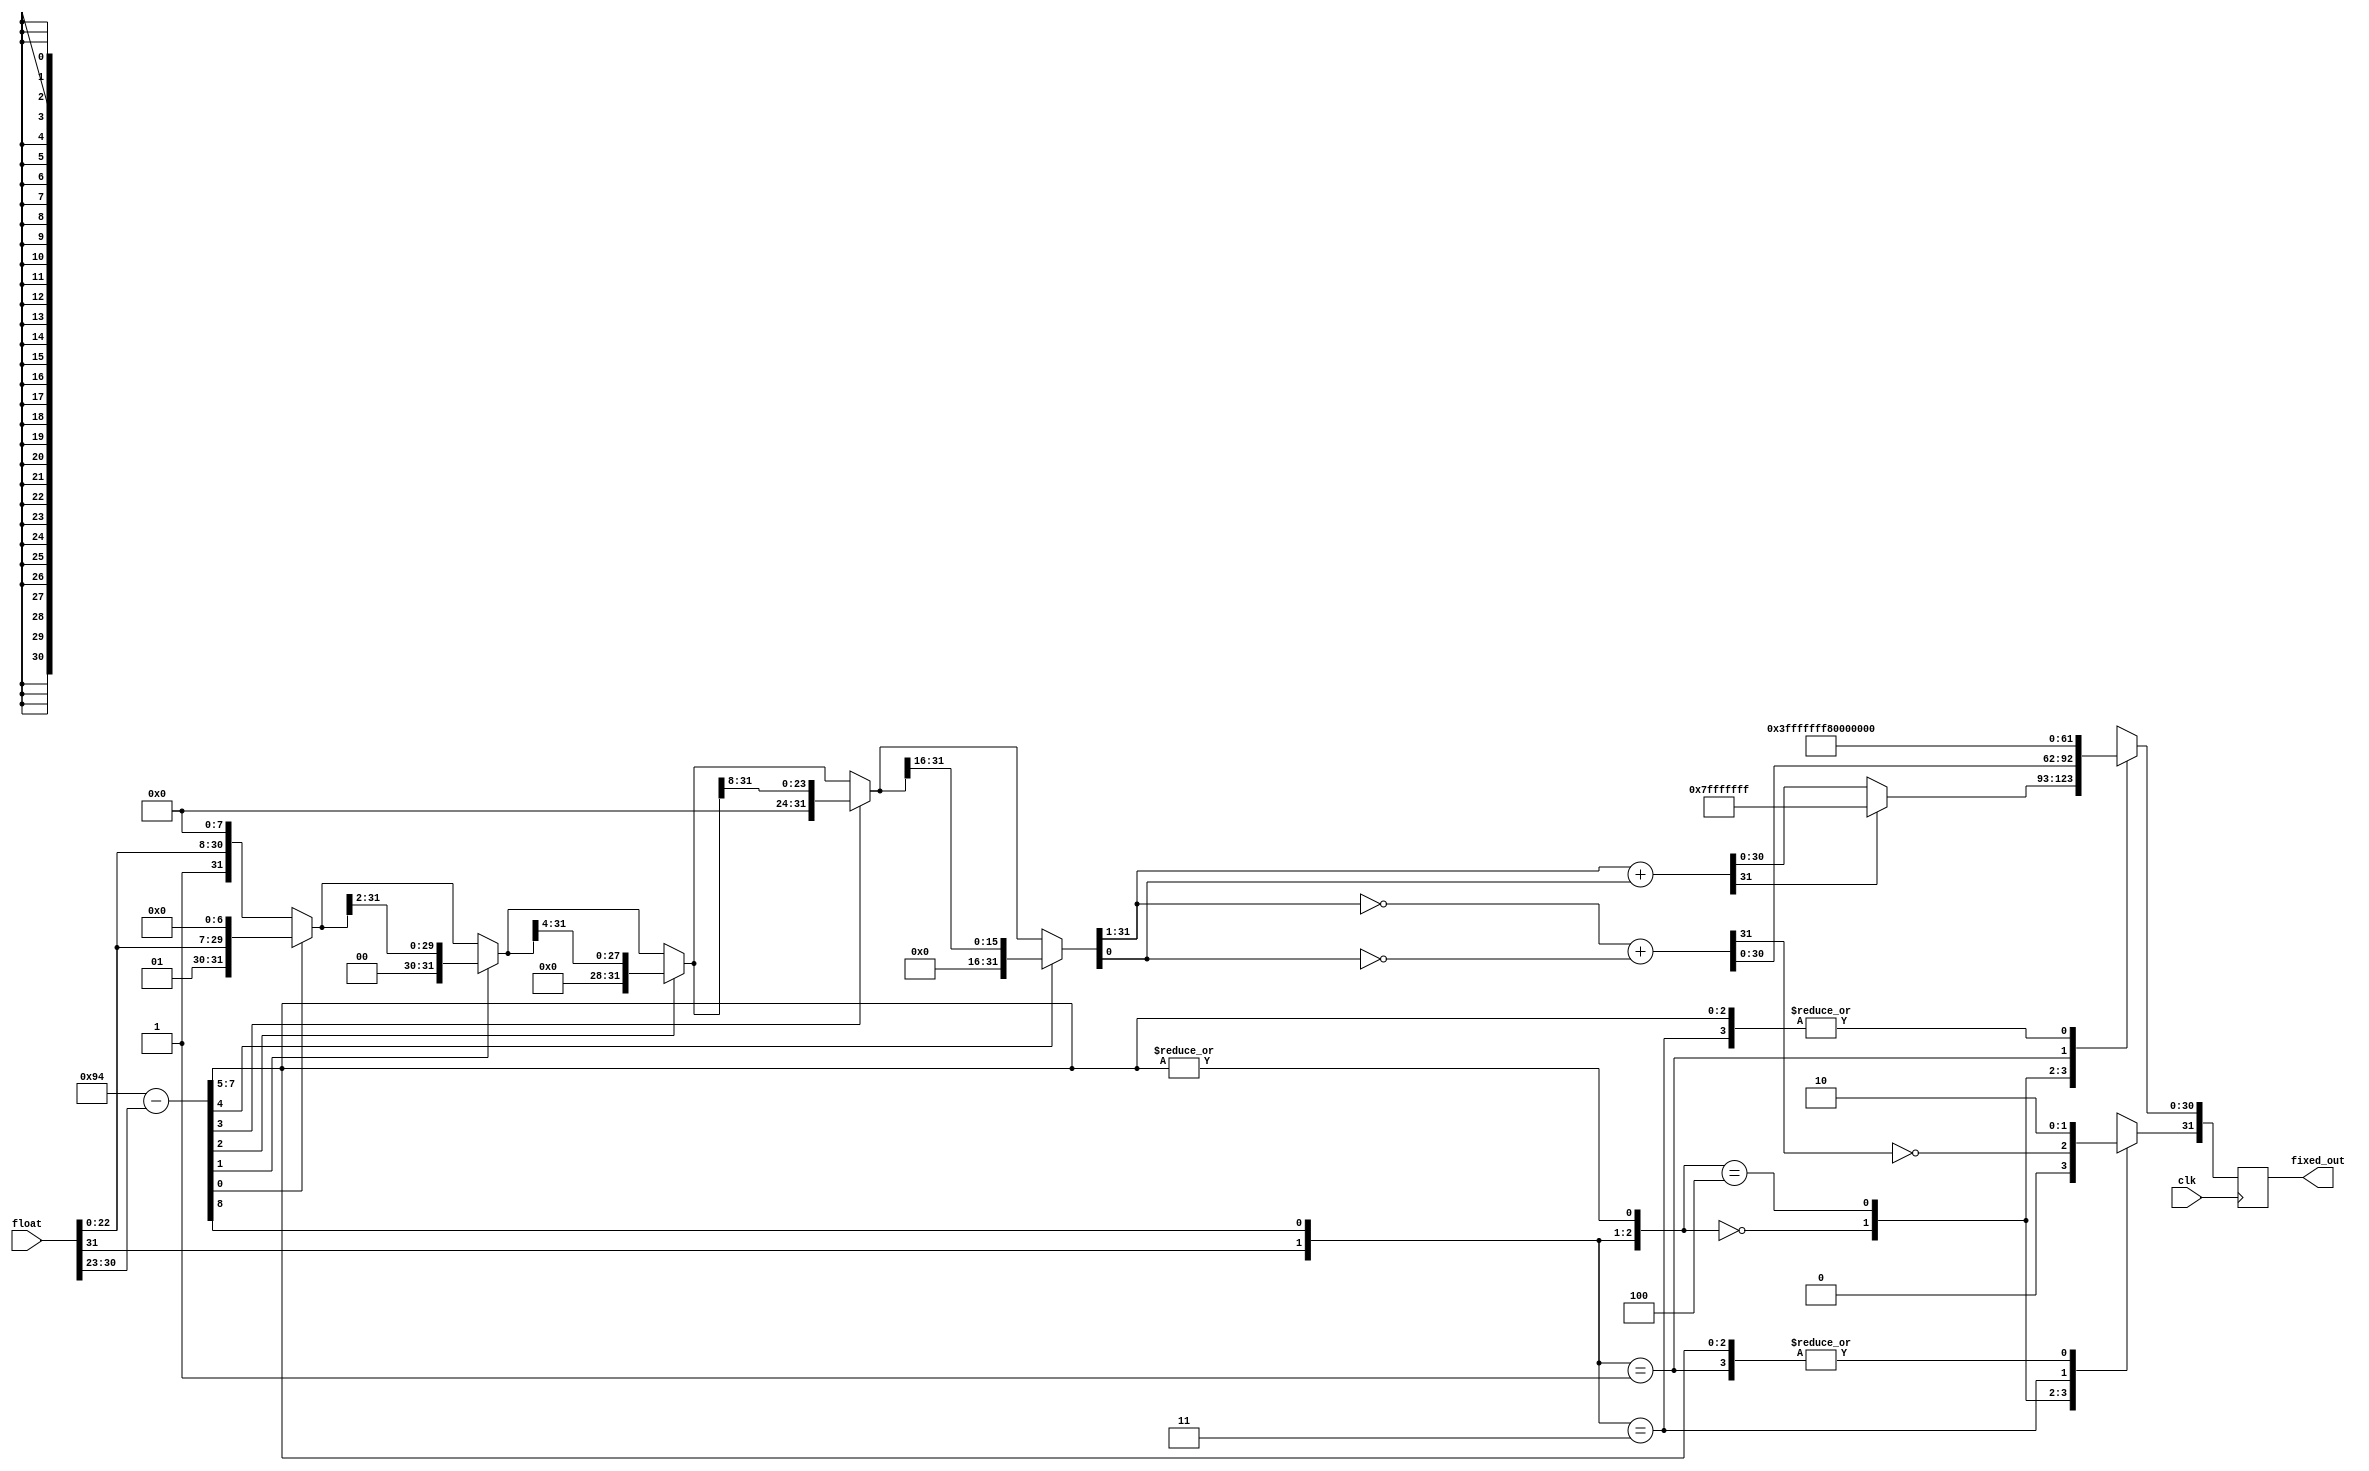
module flt_fx_uv
	(
	input 		clk,
	input [31:0]	float,

	output reg [31:0]	fixed_out
	);

  reg [31:0]	fixed;
  wire [30:0]	fixed_pos;
  reg [30:0]	fixed_pos_bar;

  wire [31:0]	fixed_pos_2;
  wire [31:0]	fixed_pos_3;
  wire [8:0]	shift;
  wire		big,tiny;

  wire		cin;
  reg		cin_bar;
  wire		cout;
  reg		neg_ovfl_mask;
  /*
   * Rounding accomplished as follows:
   * b = a + r
   * -b = -(a + r)
   * -b = -a -r
   * -b = ~a +1 -r
   * -b = ~a + (1-r)
   * but 1-r = ~r, when r is one bit, so...
   * -b = ~a + ~r
   */

  /*
   * determine amount to shift mantissa, and if this float fits into 23.9TC
   * note: h7e+h22=h94
   */
  assign	shift = 8'h94 - float[30:23];
  assign	big = shift[8];
  assign	tiny = |(shift[7:5]);

  /*
   * shift the mantissa
   */
  assign {fixed_pos, cin} = lsr32({1'b1, float[22:0],8'b0}, shift[4:0]);

  /*
   * round the result, and convert to two's complement
   */
  always @(fixed_pos or cin or big or tiny or float) begin
    cin_bar = ~cin;
    fixed_pos_bar = ~fixed_pos;
    casex ({float[31],big,tiny}) /* synopsys full_case parallel_case */
      3'b000: begin // positive, in range
	fixed = fixed_pos + cin;
	if (fixed[31])
	  fixed = 32'h7fffffff;
      end // case: 3'b000
      3'b100: begin // negative, in range
	fixed = fixed_pos_bar + cin_bar;
	fixed[31] = ~fixed[31];
      end // case: 3'b100
      3'b01x: // positive big
	fixed = 32'h7fffffff;
      3'b11x: // negative big
	fixed = 32'h80000000;
      3'bxx1: // tiny
	fixed = 32'h0;
    endcase // casex ({float[31],big,tiny})
  end // always @ (fixed_pos or cin or big or tiny or float)

  always @(posedge clk) fixed_out <= fixed;

  function [31:0] lsr32;
  // shift a 32-bit input vector to the right, by 0 to 31 places.
  // fill in zeros's from the left
    input [31:0] a;
    input [4:0]	 s;
    reg [4:0]	 s1;
    reg [31:0]	 a1;
    reg [31:0]	 a2;
    reg [31:0]	 a4;
    reg [31:0]	 a8;
    reg [31:0]	 a16;
  begin

    if (s[0])
      a1 = {1'b0, a[31:1]};
    else
      a1 = a;

    if (s[1])
      a2 = {{2{1'b0}}, a1[31:2]};
    else
      a2 = a1;

    if (s[2])
      a4 = {{4{1'b0}}, a2[31:4]};
    else
      a4 = a2;

    if (s[3])
      a8 = {{8{1'b0}}, a4[31:8]};
    else
      a8 = a4;

    if (s[4])
      a16 = {{16{1'b0}}, a8[31:16]};
    else
      a16 = a8;

    lsr32 = a16;
    
  end
  endfunction // lsr32

endmodule